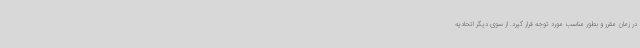
در زمان مقرر و بطور مناسب مورد توجه قرار گیرد. از سوی دیگر اتحادیه